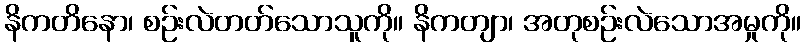
နိကတိနော၊ စဉ်းလဲတတ်သောသူကို။ နိကတျာ၊ အတုစဉ်းလဲသောအမှုကို။